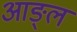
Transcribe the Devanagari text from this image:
आङ्ल